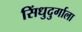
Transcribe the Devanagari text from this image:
सिंधुदुर्गाला